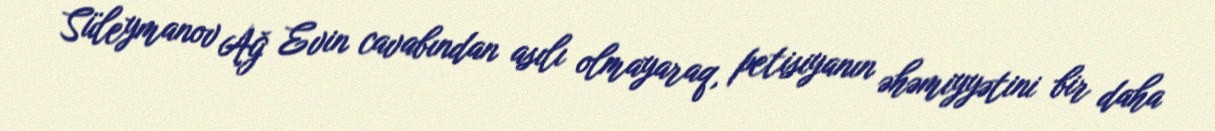
Süleymanov Ağ Evin cavabından asılı olmayaraq, petisiyanın əhəmiyyətini bir daha